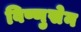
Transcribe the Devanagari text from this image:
विष्णुसेन